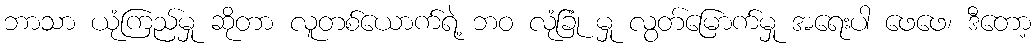
ဘာသာ ယုံကြည်မှု ဆိုတာ လူတစ်ယောက်ရဲ့ ဘဝ လုံခြုံ မှု လွတ်မြောက်မှု အရေးပါ ဖေဖေ၊ ဒီတော့